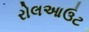
રોલઆઉટ